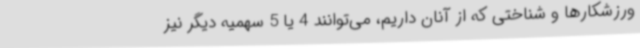
ورزشکارها و شناختی که از آنان داریم، می‌توانند 4 یا 5 سهمیه دیگر نیز